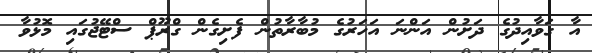
އާ ގަވާއިދުގެ ދަށުން އަންނަ އަހަރުގެ މުބާރާތުން ފެށިގެން ގްރޫޕް ސްޓޭޖުގައި މޮޅުވާ